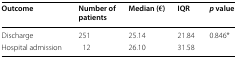
<table><thead><tr><td><b>Outcome</b></td><td><b>Number of patients</b></td><td><b>Median (€)</b></td><td><b>IQR</b></td><td><b><i>p</i> value</b></td></tr></thead><tbody><tr><td>Discharge</td><td>251</td><td>25.14</td><td>21.84</td><td rowspan="2">0.846*</td></tr><tr><td>Hospital admission</td><td>12</td><td>26.10</td><td>31.58</td></tr></tbody></table>